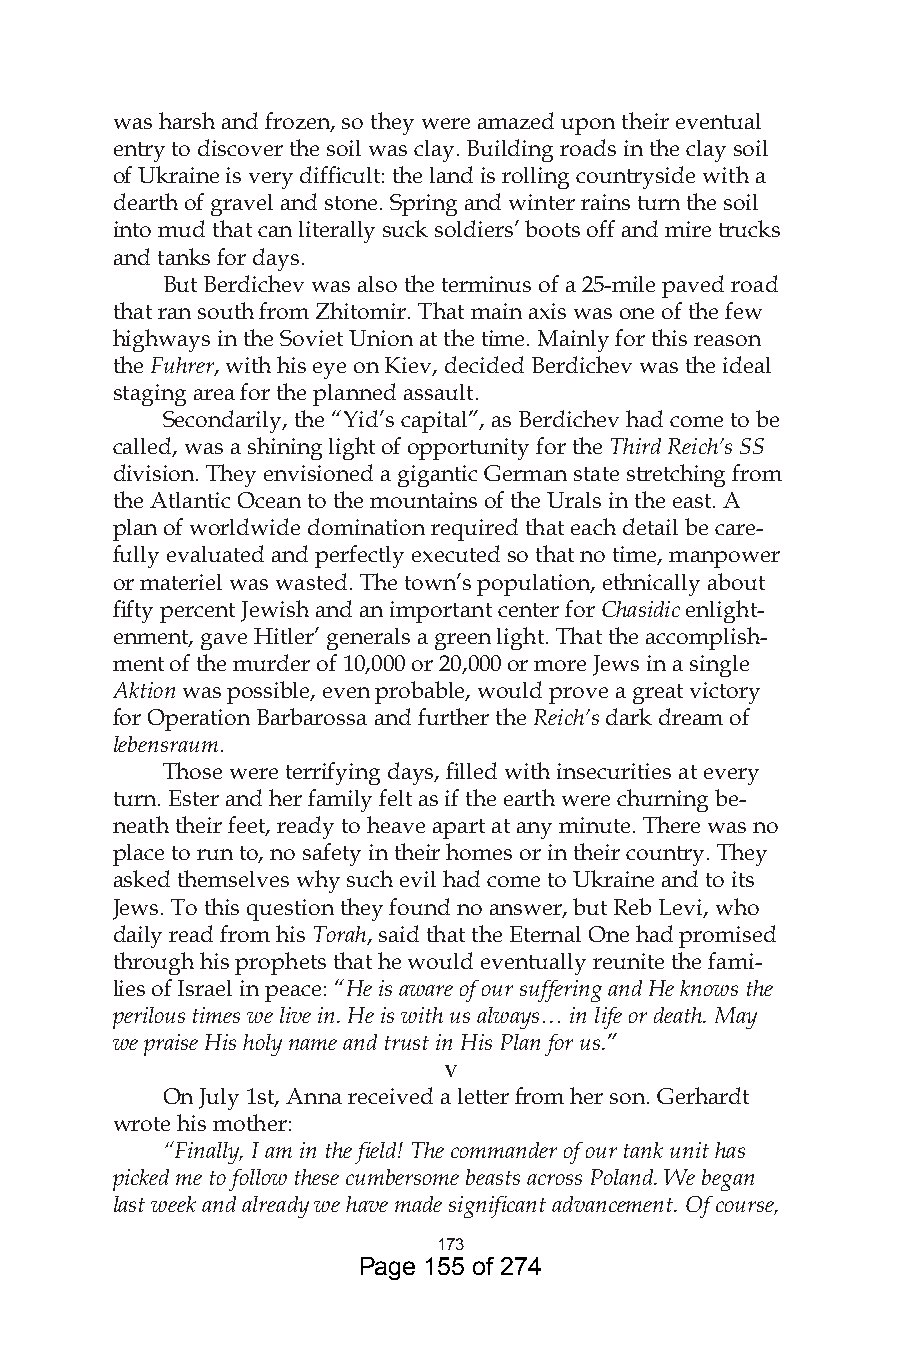
was harsh and frozen, so they were amazed upon their eventual
 entry to discover the soil was clay. Building roads in the clay soil
 of Ukraine is very difficult: the land is rolling countryside with a
 dearth of gravel and stone. Spring and winter rains turn the soil
 into mud that can literally suck soldiers’ boots off and mire trucks
 and tanks for days.
 But Berdichev was also the terminus of a 25-mile paved road
 that ran south from Zhitomir. That main axis was one of the few
 highways in the Soviet Union at the time. Mainly for this reason
 the Fuhrer, with his eye on Kiev, decided Berdichev was the ideal
 staging area for the planned assault.
 Secondarily, the “Yid’s capital”, as Berdichev had come to be
 called, was a shining light of opportunity for the Third Reich’s SS
 division. They envisioned a gigantic German state stretching from
 the Atlantic Ocean to the mountains of the Urals in the east. A
 plan of worldwide domination required that each detail be care-
 fully evaluated and perfectly executed so that no time, manpower
 or materiel was wasted. The town’s population, ethnically about
 fifty percent Jewish and an important center for Chasidic enlight-
 enment, gave Hitler’ generals a green light. That the accomplish-
 ment of the murder of 10,000 or 20,000 or more Jews in a single
 Aktion was possible, even probable, would prove a great victory
 for Operation Barbarossa and further the Reich’s dark dream of
 lebensraum.
 Those were terrifying days, filled with insecurities at every
 turn. Ester and her family felt as if the earth were churning be-
 neath their feet, ready to heave apart at any minute. There was no
 place to run to, no safety in their homes or in their country. They
 asked themselves why such evil had come to Ukraine and to its
 Jews. To this question they found no answer, but Reb Levi, who
 daily read from his Torah, said that the Eternal One had promised
 through his prophets that he would eventually reunite the fami-
 lies of Israel in peace: “He is aware of our suffering and He knows the
 perilous times we live in. He is with us always… in life or death. May
 we praise His holy name and trust in His Plan for us.”
 v
 On July 1st, Anna received a letter from her son. Gerhardt
 wrote his mother:
 “Finally, I am in the field! The commander of our tank unit has
 picked me to follow these cumbersome beasts across Poland. We began
 last week and already we have made significant advancement. Of course,
 7
 Page 155 of 274